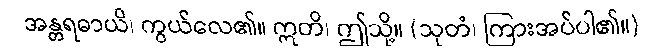
အန္တရဓာယိ၊ ကွယ်လေ၏။ ဣတိ၊ ဤသို့။ (သုတံ၊ ကြားအပ်ပါ၏။)